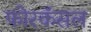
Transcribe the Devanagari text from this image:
फोरकॅसल